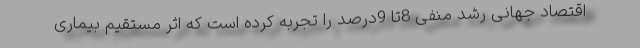
اقتصاد جهانی رشد منفی 8تا 9درصد را تجربه کرده است که اثر مستقیم بیماری